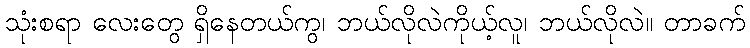
သုံးစရာ လေးတွေ ရှိနေတယ်ကွ၊ ဘယ်လိုလဲကိုယ့်လူ၊ ဘယ်လိုလဲ။ တာခက်